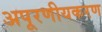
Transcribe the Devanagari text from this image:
अपूरणीयकरण